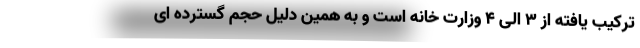
ترکیب یافته از ۳ الی ۴ وزارت خانه است و به همین دلیل حجم گسترده ای